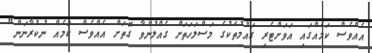
އެއްވެސް ކަމެއްގައި އަވަށްޓެރި ގައުމުތަކުގެ މަސްލަހަތަށް ގެއްލުންވާ ގޮތަށް އެއްވެސް ކަމެއް ނުކުރާނަން"